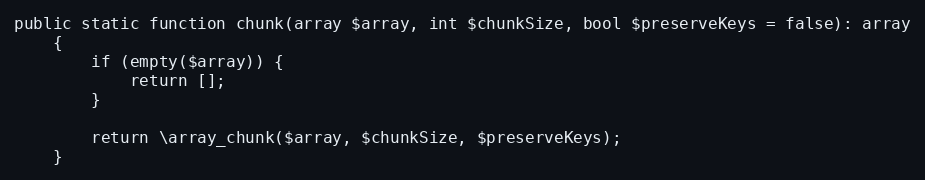
Language: PHP
public static function chunk(array $array, int $chunkSize, bool $preserveKeys = false): array
    {
        if (empty($array)) {
            return [];
        }

        return \array_chunk($array, $chunkSize, $preserveKeys);
    }